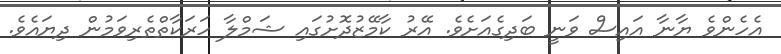
އެހެންވެ ޔާނާ އައިސް ވަނީ ބަދިގެއަށެވެ. އޭރު ކާމޭޒުދޮށުގައި ޝަމްލާ ހަރަކާތްތެރިވަމުން ދިޔައެވެ.